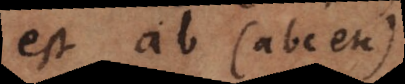
est ab (abc etc.)